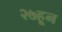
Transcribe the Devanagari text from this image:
२७हून